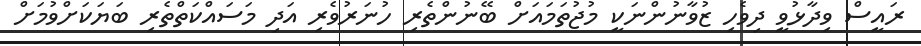
ރައީސް ވިދާޅުވީ ދިވެހި ޒުވާނުންނަކީ މުޖުތަމައަށް ބޭނުންތެރި ހުނަރުވެރި އަދި މަސައްކަތްތެރި ބަޔަކަށްވުމަށް